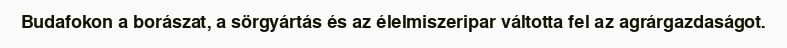
Budafokon a borászat, a sörgyártás és az élelmiszeripar váltotta fel az agrárgazdaságot.